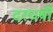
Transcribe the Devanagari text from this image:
दरचर्षी